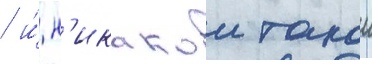
/ и́ н'икакои такои